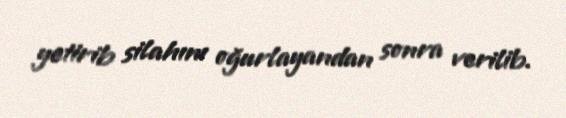
yetirib silahını oğurlayandan sonra verilib.